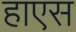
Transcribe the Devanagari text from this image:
हाएस